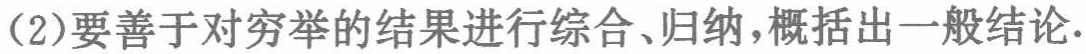
(2)要善于对穷举的结果进行综合、归纳，概括出一般结论.